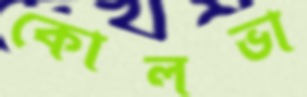
কোলভা